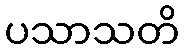
ပသာသတိ